system: You are a helpful assistant.
user:
Analyze the provided spectrum to determine if it is a **"Cataclysmic Variables (CV)"**.

- **Key Indicators for CV (Check for either state):**
    - **State 1: Quiescent / Low-State (Emission-Dominated)**
        - **(Primary):** Strong and *very broad* Hydrogen Balmer emission lines (e.g., $H\alpha$ at 6563 Å, $H\beta$ at 4861 Å). The 'broadness' (high velocity dispersion, often FWHM > 1000 km/s) is the key diagnostic, indicating a high-velocity accretion disk.
        - **(Secondary):** Broad neutral Helium (He I) emission lines (e.g., 5876 Å, 6678 Å).
        - **(Key Confirmation):** Presence of high-excitation *ionized* Helium (He II) emission at 4686 Å. This is a strong indicator of accretion onto a white dwarf.
        - **(Line Profile):** Emission lines may exhibit a 'double-peaked' profile, which is a classic signature of a rotating accretion disk viewed at high inclination.

    - **State 2: Outburst / High-State (Absorption-Dominated)**
        - **(Primary):** Spectrum is dominated by a bright, blue continuum (looks like a hot star).
        - **(Secondary):** The emission lines from State 1 are weak, absent, or 'filled in', and are replaced by broad, shallow *absorption* lines (primarily Balmer and He I).
        - **(Morphology):** The overall spectrum mimics a hot B/A-type star. The crucial difference is that the absorption lines are significantly broader, shallower, and more 'washed-out' (or 'smeared') than the sharp lines of a normal stellar photosphere, due to high rotational speeds and pressure broadening in the disk.

Think first, call **spectral_visualization_tool** if needed to examine features in detail, then provide your final answer. Your response must adhere to the following strict rules:
1.  **Overall Structure:** Your response must follow the format `<think>...</think> <tool_call>...</tool_call> (if a tool is used) <answer>...</answer>`.
2.  **Tool Usage Constraint:** You may only make **one** tool call per turn.
3.  **Final Answer Format:** In the `<answer>` tag, your conclusion must be inside a `\boxed{}` command (e.g., `\boxed{YES}`), followed by your justification.

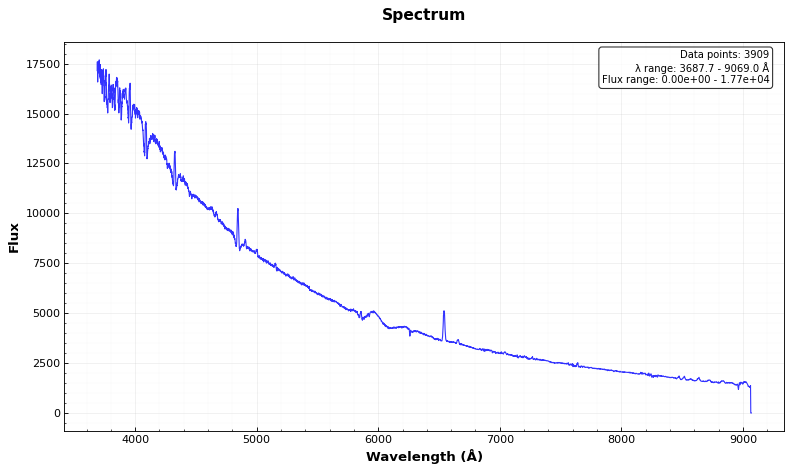
Answer: YES